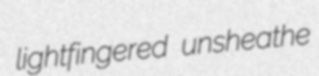
lightfingered unsheathe